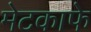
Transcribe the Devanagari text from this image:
मेटकाफे